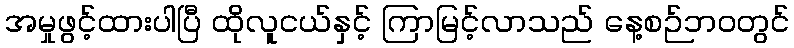
အမှုဖွင့်ထားပါပြီ ထိုလူငယ်နှင့် ကြာမြင့်လာသည် နေ့စဉ်ဘ၀တွင်